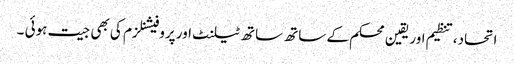
اتحاد،تنظیم اور یقین محکم کے ساتھ ساتھ ٹیلنٹ اور پروفیشنلزم کی بھی جیت ہوئی ۔